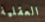
العقلية